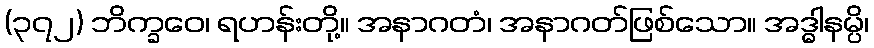
(၃၇၂) ဘိက္ခဝေ၊ ရဟန်းတို့။ အနာဂတံ၊ အနာဂတ်ဖြစ်သော။ အဒ္ဓါနမ္ပိ၊